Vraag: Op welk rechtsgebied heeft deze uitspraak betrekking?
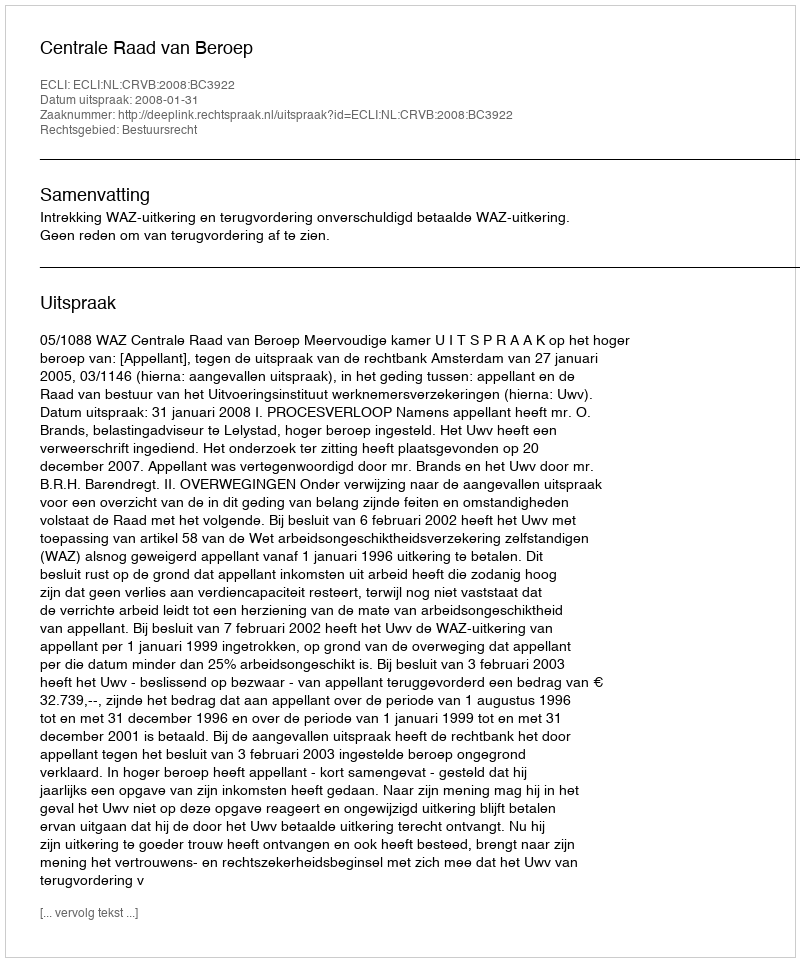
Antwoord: Bestuursrecht